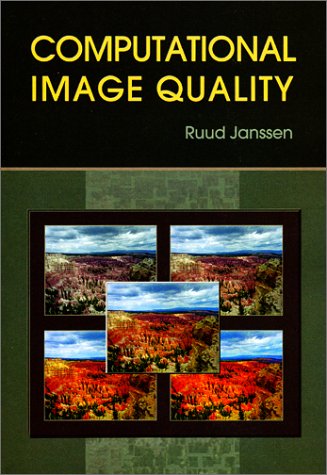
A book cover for Computational Image Quality (SPIE Press Monograph Vol. PM101); Ruud Janssen; Engineering & Transportation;